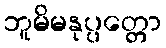
ဘူမိမနုပ္ပတ္တော